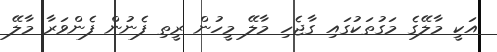
އަކީ މާލޭގެ މަގުތަކުގައި ގާޖެހި މާލޭ މީހުން ރީތި ފެނުން ފެންވަރާ މާލޭ